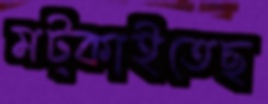
মট্‌কাইতেছ